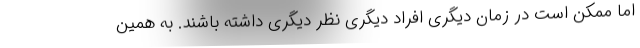
اما ممکن است در زمان دیگری افراد دیگری نظر دیگری داشته باشند. به همین